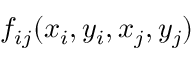
f _ { i j } ( x _ { i } , y _ { i } , x _ { j } , y _ { j } )